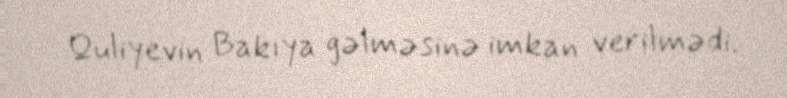
Quliyevin Bakıya gəlməsinə imkan verilmədi.